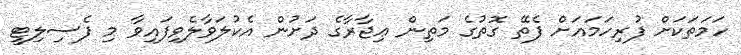
ހަމަތަކަށް ފުރިހަމައަށް ފެތޭ ގޮތުގެ މަތިން ޢިޖާރާގެ ދަށުން އެކުލަވާލެވިފައިވާ މި ފެސިލިޓީ